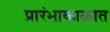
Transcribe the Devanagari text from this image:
प्रारंभाकाळात